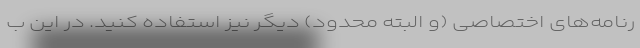
رنامه‌های اختصاصی (و البته محدود) دیگر نیز استفاده کنید. در این ب